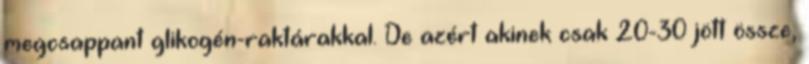
megcsappant glikogén-raktárakkal. De azért akinek csak 20-30 jött össze,